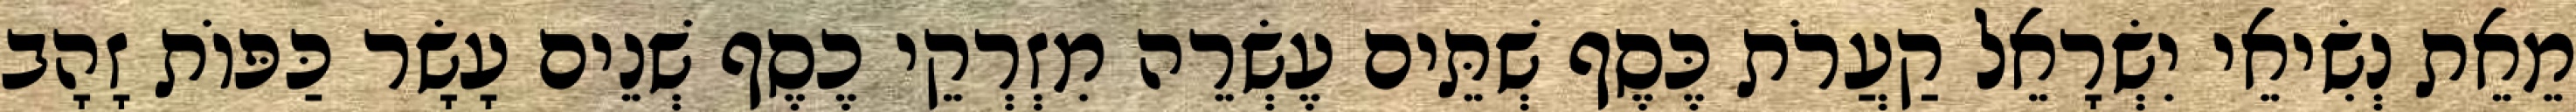
מֵאֵת נְשִׂיאֵי יִשְׂרָאֵל קַעֲרֹת כֶּסֶף שְׁתֵּים עֶשְׂרֵה מִזְרְקֵי כֶסֶף שְׁנֵים עָשָׂר כַּפּוֹת זָהָב